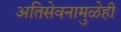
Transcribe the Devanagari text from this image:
अतिसेवनामुळेही